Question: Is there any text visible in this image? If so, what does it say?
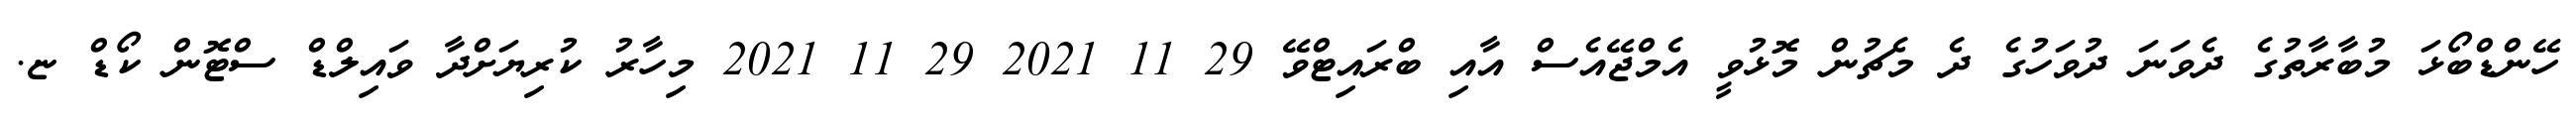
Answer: ހޭންޑްބޯޅަ މުބާރާތުގެ ދެވަނަ ދުވަހުގެ ދެ މެޗުން މޮޅުވީ އެމްޖޭއެސް އާއި ބްރައިޓްވޭ 29 11 2021 29 11 2021 މިހާރު ކުރިޔަށްދާ ވައިލްޑް ސްޓޮން ކޯޑް ޏ.